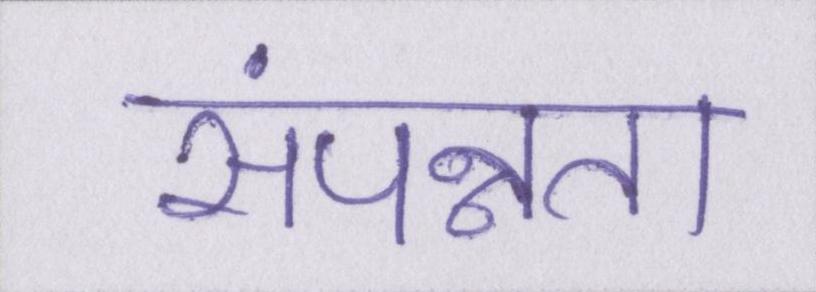
संपन्नता